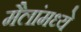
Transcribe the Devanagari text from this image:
मैलांमध्ये